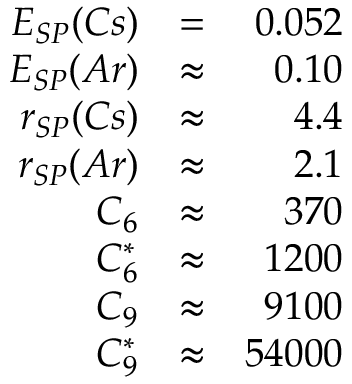
\begin{array} { r l r } { E _ { S P } ( C s ) } & { = } & { 0 . 0 5 2 } \\ { E _ { S P } ( A r ) } & { \approx } & { 0 . 1 0 } \\ { r _ { S P } ( C s ) } & { \approx } & { 4 . 4 } \\ { r _ { S P } ( A r ) } & { \approx } & { 2 . 1 } \\ { C _ { 6 } } & { \approx } & { 3 7 0 } \\ { C _ { 6 } ^ { * } } & { \approx } & { 1 2 0 0 } \\ { C _ { 9 } } & { \approx } & { 9 1 0 0 } \\ { C _ { 9 } ^ { * } } & { \approx } & { 5 4 0 0 0 } \end{array}